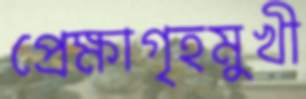
প্রেক্ষাগৃহমুখী